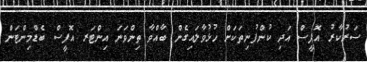
ސަރުކާރު އޮފީސް އަދި ކުންފުނިތަކަށް ހުޅުވާލައިގެން ބާއްވާ ތިންވަނަ އިންޓަރ އޮފީސް ބެޑްމިންޓަން